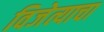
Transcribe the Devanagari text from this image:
विजेत्याचा